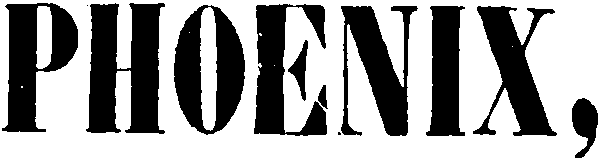
PHOENIX,